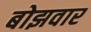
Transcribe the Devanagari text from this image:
बोझवार